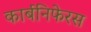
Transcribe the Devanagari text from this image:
कार्बनिफेरस